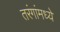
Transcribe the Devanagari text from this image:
तरंगांमध्ये